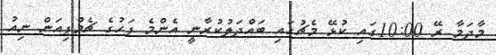
މާދަމާ ރޭ 10:00ގައި ކުޅޭ މެޗުގައި ބައްދަލުކުރާނީ އެންމެ ފަހުގެ ޗެމްޕިއަން ނިއު